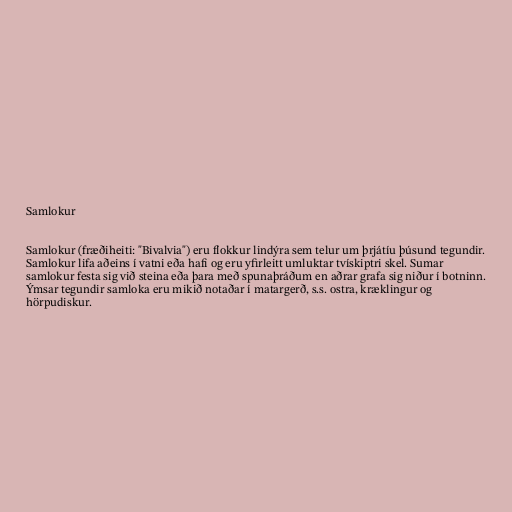
Samlokur

Samlokur (fræðiheiti: "Bivalvia") eru flokkur lindýra sem telur um þrjátíu þúsund tegundir.
Samlokur lifa aðeins í vatni eða hafi og eru yfirleitt umluktar tvískiptri skel. Sumar
samlokur festa sig við steina eða þara með spunaþráðum en aðrar grafa sig niður í botninn.
Ýmsar tegundir samloka eru mikið notaðar í matargerð, s.s. ostra, kræklingur og
hörpudiskur.